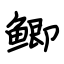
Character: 鲫